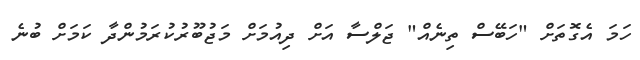
ހަމަ އެގޮތަށް "ހަބޭސް ތިނެއް" ޖަލްސާ އަށް ދިއުމަށް މަޖުބޫރުކުރަމުންދާ ކަމަށް ބުނެ